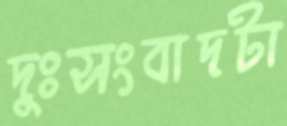
দুঃসংবাদটা